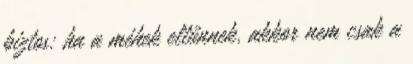
biztos: ha a méhek eltűnnek, akkor nem csak a